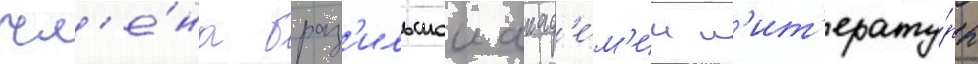
чл'е́на браз'ильскои акад'е́м'ии л'ит'ерату́ры